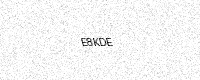
Text: E8KDE